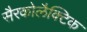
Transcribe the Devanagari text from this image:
सैरकोलैक्टिक